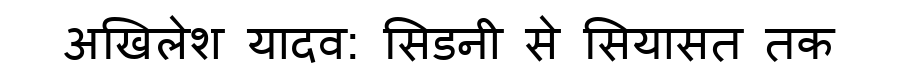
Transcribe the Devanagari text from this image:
अखिलेश यादव: सिडनी से सियासत तक